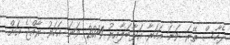
ދެހާސް ތޭރަ ވަނަ އަހަރާ އަޅާބަލާއިރު 2014 ވަނަ އަހަރު ރާއްޖެ އަށް